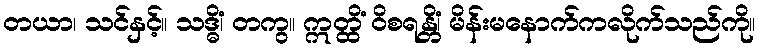
တယာ၊ သင်နှင့်။ သဒ္ဓိံ၊ တကွ။ ဣတ္ထိံ ဝိစရန္တိံ၊ မိန်းမနောက်ကလိုက်သည်ကို။